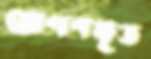
রোপণকৃত